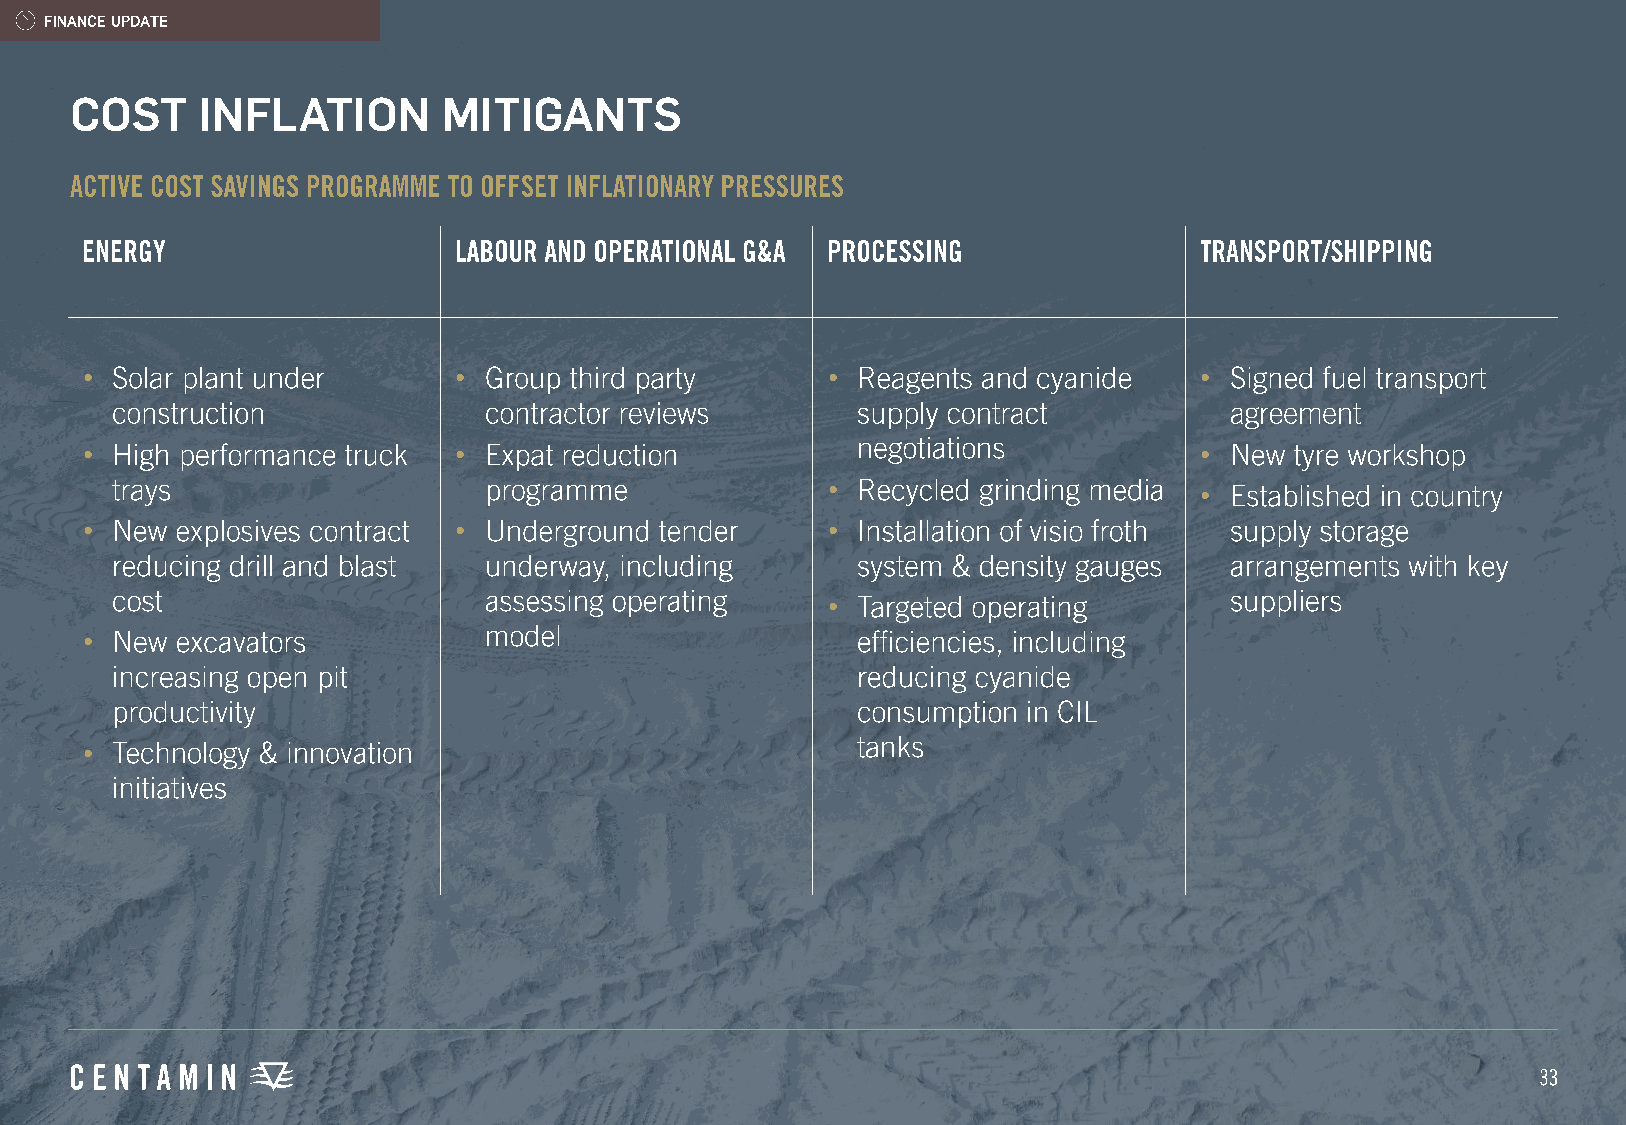
•                        •                        •                       •
 •                        •                                                •
 •                       •
 •                        •                        •
 •
 •
 •